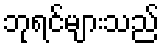
ဘုရင်များသည်